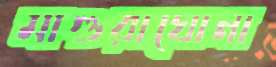
মাগুরাঘোনা